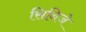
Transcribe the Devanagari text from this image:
सिनिजे